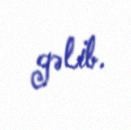
gəlib.